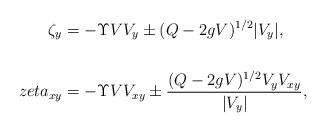
LaTeX: \begin{align*}\zeta_y&= -\Upsilon VV_y\pm (Q-2gV)^{1/2}|V_y|, \\\\zeta_{xy}&= -\Upsilon VV_{xy}\pm \frac{(Q-2gV)^{1/2}V_yV_{xy}}{|V_y|},\end{align*}